Scottish Leaving Certificate Examination, 1959
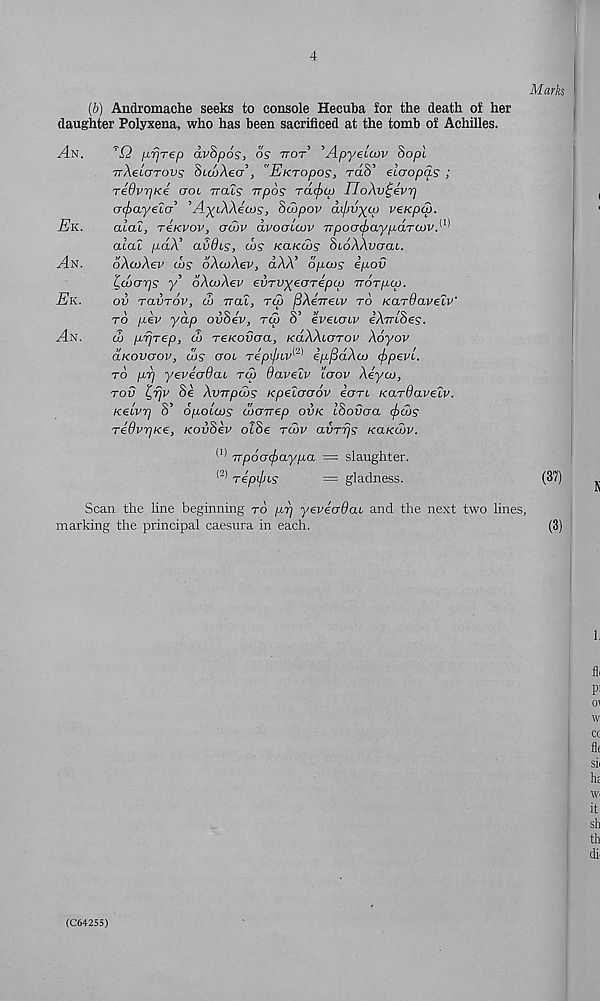
4
Marks
(b) Andromache seeks to console Hecuba for the death of her
daughter Polyxena, who has been sacrificed at the tomb of Achilles.
^4n.
ix,rjrep dvhpos, os ttot ’Apyeccov Sopl
TrAecarovs SicdAecr’, "EKropos, raS’ elaopas ;
TedvrjKe ctol rrals rrpos rd(f)ip IJoAv^evr)
otyayeio 'AyiWeoJs, htopov da/juyw veKpu).
Ek.
alai, t€kvov, <ju)V dvoaicvv TTpoo<f)aypdTU>vA
alai p.dX avOis, tos KaKcos SioAAucrat.
An.
oAaiAev cos dXwXev, dAA’ dpws epov
£,u)o-r]s y’ oAcoAev evrvyecrreptp Trorpcp.
Ek.
ov ravrov, u> vai, to) fiXerresv to Kardavelv'
to [lev yap ovoev, rep o eveioiv eAmoes.
^4n.
d> f^rfrep, d) reKOvaa, KaXXiOTOv Xdyov
axovaov, w? om repif/w^ e/x^SdAoj (jrpevi.
to prj yeveo-8cu tw davelv ’iaov Xeyco,
tov £,rjv Se XvTTpdbs KpeXcraov eerrt Kardavelv.
KeLvr] 8’ opoLcos townep ovk Ihovaa cf>u)s
TedvrjKe, KovSev olSe tu>v avTijs kolkcov.
(1) Trp6a(f)ayp.a = slaughter.
(2) Tepifns
= gladness.
(37)
Scan the line beginning to p.r] yeveadau and the next two lines,
marking the principal caesura in each.
(3)
(C64255)